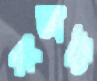
সংজ্ঞাটি